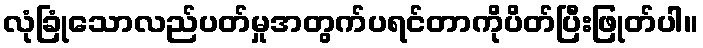
လုံခြုံသောလည်ပတ်မှုအတွက်ပရင်တာကိုပိတ်ပြီးဖြုတ်ပါ။